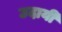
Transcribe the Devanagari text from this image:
उदायी